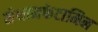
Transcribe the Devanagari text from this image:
मेथामफेटामिन